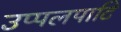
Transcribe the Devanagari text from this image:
उप्पलपाटि